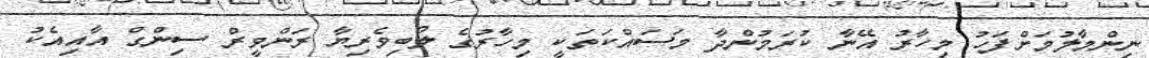
ނިންމާލުމަށްފަހު މިހާރު އޭނާ ކުރަމުންދާ މަސައްކަތަކީ މިހާރުގެ ލޯބިވެރިޔާ ރަންވީރް ސިންގް އާއިއެކު